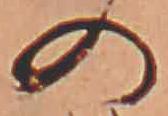
の